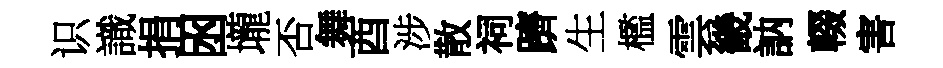
识識捐囦壠否舞酉涉散祠躋生檻雲畿訥輟害